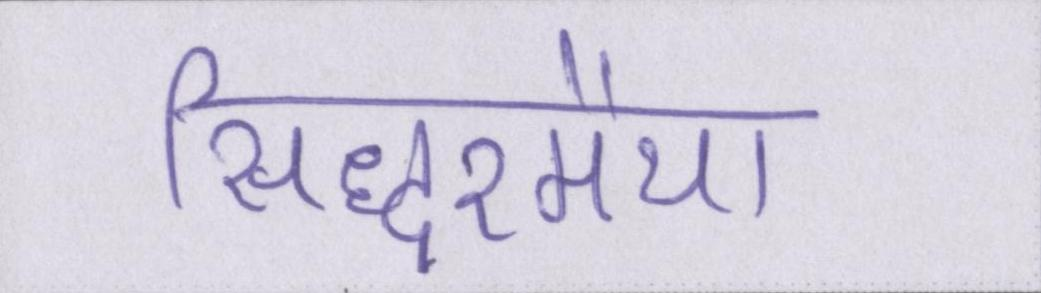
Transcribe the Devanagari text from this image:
सिद्धरमैया